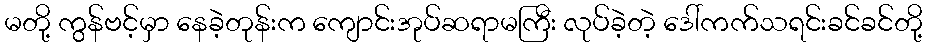
မတို့ ကွန်ဗင့်မှာ နေခဲ့တုန်းက ကျောင်းအုပ်ဆရာမကြီး လုပ်ခဲ့တဲ့ ဒေါ်ကက်သရင်းခင်ခင်တို့